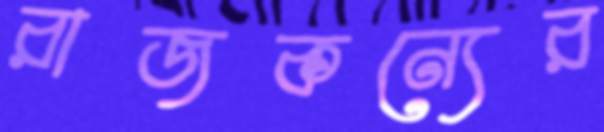
রাজকন্যের